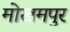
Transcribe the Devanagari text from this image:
मोखमपुर